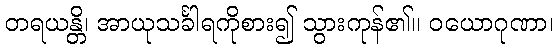
တရယန္တိ၊ အာယုသင်္ခါရကိုစား၍ သွားကုန်၏။ ဝယောဂုဏာ၊